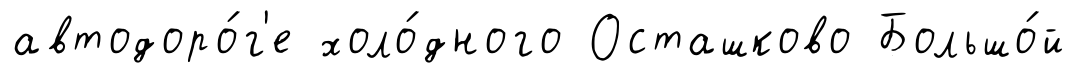
автодоро́г'е холо́дного Осташково Большо́й